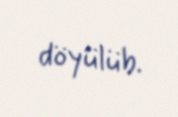
döyülüb.